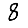
Digit: 8